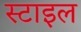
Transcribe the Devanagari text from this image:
स्‍टाइल